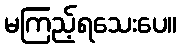
မကြည့်ရသေးပေ။